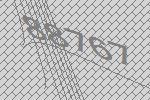
88767